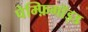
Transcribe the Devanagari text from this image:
पेम्फ़िगॉइड